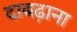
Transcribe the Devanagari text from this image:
दाबढ़ाना